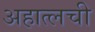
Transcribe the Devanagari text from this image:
अहात्लची